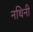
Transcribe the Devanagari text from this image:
नथिनी